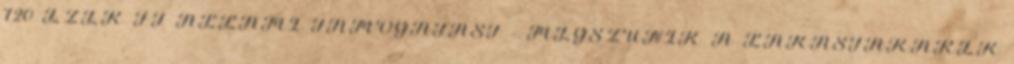
720 EZER FT ÁLLAMI TÁMOGATÁST – MEGSZŰNIK A LAKÁSTAKARÉK